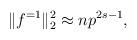
LaTeX: \begin{align*} \|f^{=1}\|_2^2 \approx n p^{2s-1}, \end{align*}